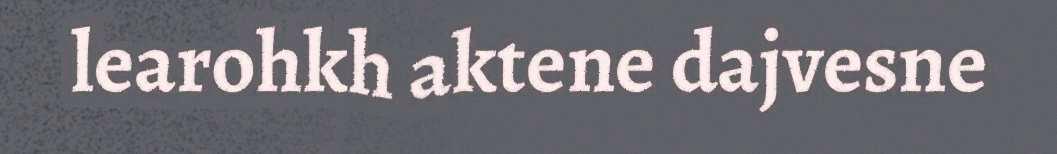
learohkh aktene dajvesne